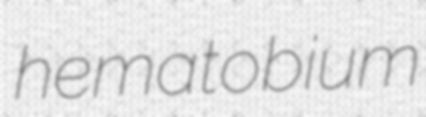
hematobium